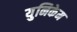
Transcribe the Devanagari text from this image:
युनिकेम